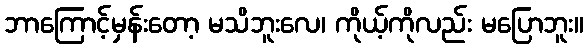
ဘာကြောင့်မှန်းတော့ မသိဘူးလေ၊ ကိုယ့်ကိုလည်း မပြောဘူး။